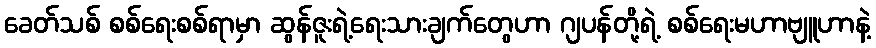
ခေတ်သစ် စစ်ရေးစစ်ရာမှာ ဆွန်ဇူးရဲ့ရေးသားချက်တွေဟာ ဂျပန်တို့ရဲ့ စစ်ရေးမဟာဗျူဟာနဲ့